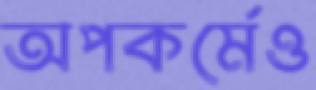
অপকর্মেও